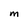
Character: M